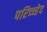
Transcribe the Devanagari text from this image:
परिच्च्हेद